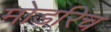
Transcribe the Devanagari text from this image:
मोडरिच